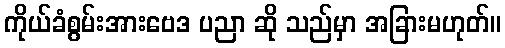
ကိုယ်ခံစွမ်းအားဗေဒ ပညာ ဆို သည်မှာ အခြားမဟုတ်။